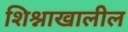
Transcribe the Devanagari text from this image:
शिश्नाखालील